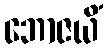
ဘောဇယိံ